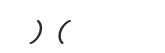
) (